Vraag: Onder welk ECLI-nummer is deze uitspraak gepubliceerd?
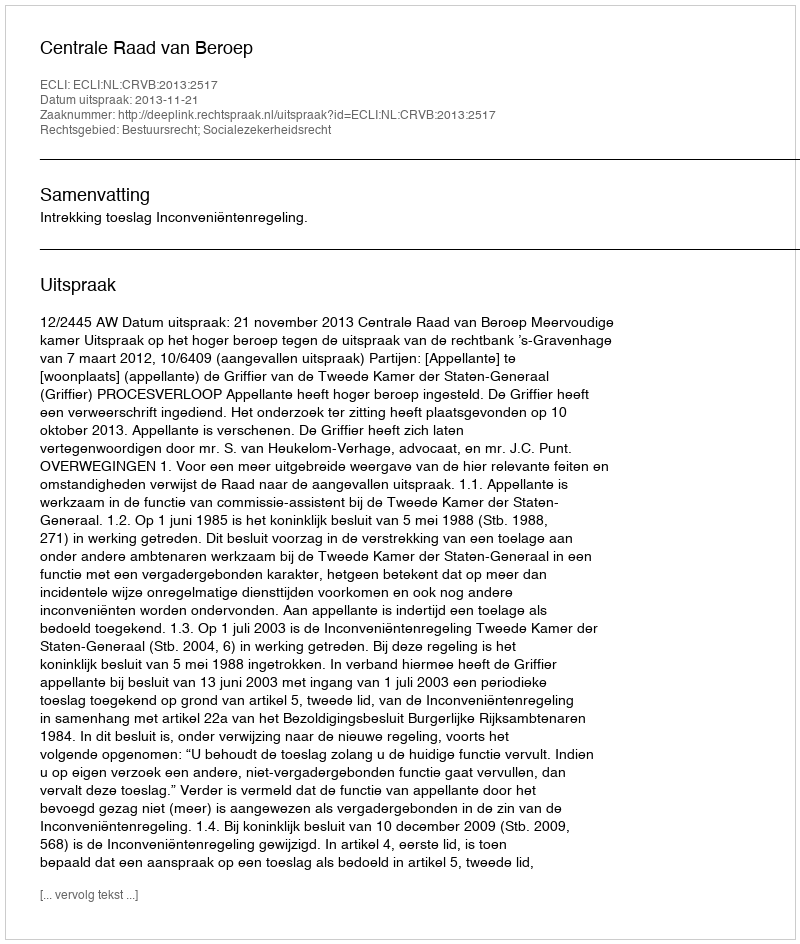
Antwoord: ECLI:NL:CRVB:2013:2517